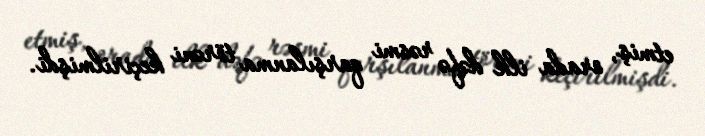
etmiş, orada ilk dəfə rəsmi qarşılanma törəni keçirilmişdi.